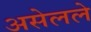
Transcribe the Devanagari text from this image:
असेलले